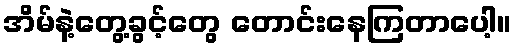
အိမ်နဲ့တွေ့ခွင့်တွေ တောင်းနေကြတာပေါ့။